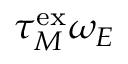
\tau _ { M } ^ { \mathrm { e x } } \omega _ { E }